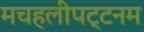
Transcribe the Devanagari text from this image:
मचहलीपट्टनम